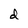
Character: d